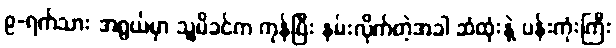
၉-ရက်သား အရွယ်မှာ သူ့မိခင်က ကုန်ပြီး နမ်းလိုက်တဲ့အခါ ဆံထုံးနဲ့ ပန်းကုံးကြီး